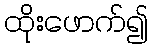
ထိုးဖောက်၍